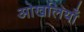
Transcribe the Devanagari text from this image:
ओखलियाँ